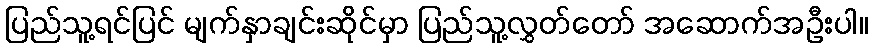
ပြည်သူ့ရင်ပြင် မျက်နှာချင်းဆိုင်မှာ ပြည်သူ့လွှတ်တော် အဆောက်အဦးပါ။